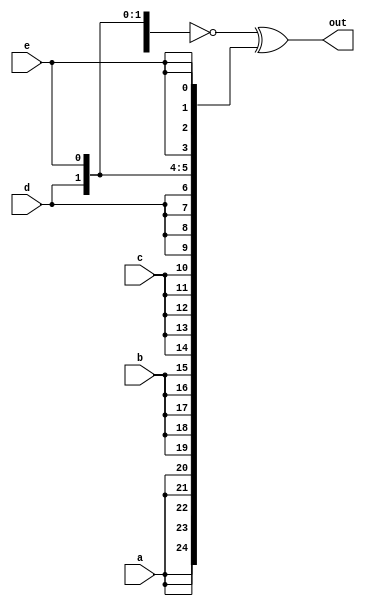
//
//
// https://hdlbits.01xz.net/wiki/Vector5
//
//

`default_nettype none

module top_module (
    input           a,
    input           b,
    input           c,
    input           d,
    input           e,
    output [24:0]   out
);

    assign out = ~{{5{a, b, c, d, e}}} ^ {{5{a}}, {5{b}}, {5{c}}, {5{d}}, {5{e}}};

endmodule